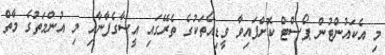
މި އެކައުންޓުން ޕޯސްޓް ކޮށްފައިވާ ވީޑިއޯތަކުގެ ތެރޭގައި އީސާގެފާނާއި މި އުންމަތުގެ މާތް